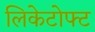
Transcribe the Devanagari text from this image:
लिकेटोफ्ट